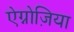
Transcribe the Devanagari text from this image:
ऐग्नोज़िया